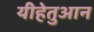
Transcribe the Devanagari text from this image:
यीहेतुआन